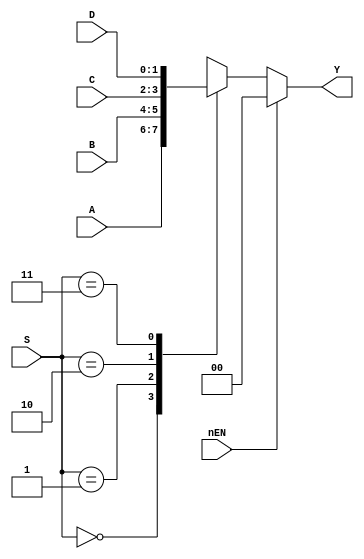
`timescale 1ns / 1ps
//////////////////////////////////////////////////////////////////////////////////
// Company: 
// Engineer: 
// 
// Design Name: 
// Module Name: mux4_1
// Project Name: 
// Target Devices: 
// Tool Versions: 
// Description: 
// 
// Dependencies: 
// 
// Revision:
// Revision 0.01 - File Created
// Additional Comments:
// 
//////////////////////////////////////////////////////////////////////////////////


module mux4_1(A,B,C,D,S,nEN,Y);

input [1:0] A,B,C,D;
input [1:0] S;
input nEN;
output [1:0] Y;

reg [1:0] Y;

always @*
if(nEN)
Y = 2'b00;
else case(S)
2'b00: Y=A;
2'b01: Y=B;
2'b10: Y=C;
2'b11: Y=D;
default: Y=2'bxx;
endcase

endmodule